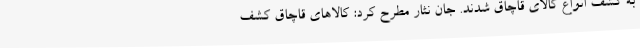
به کشف انواع کالای قاچاق شدند. جان نثار مطرح کرد: کالاهای قاچاق کشف